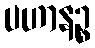
ပဟာနဉ္စ